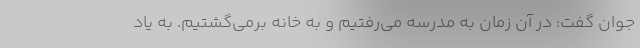
جوان گفت: در آن زمان به مدرسه می‌رفتیم و به خانه برمی‌گشتیم. به یاد